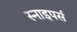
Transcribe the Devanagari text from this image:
स्नाइपर्स